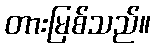
တားမြစ်သည်။